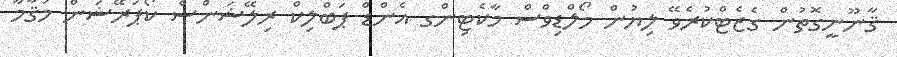
ޤާނޫނީގޮތުން ގެޒެޓްކުރެވޭ ލިޔުން މޯލްޑިވްސް މާކެޓިންގ އެންޑް ޕަބްލިކް ރިލޭޝަންސް ކޯޕަރޭޝަން މަޤާމާ